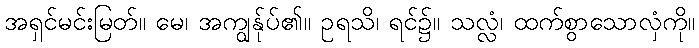
အရှင်မင်းမြတ်။ မေ၊ အကျွန်ုပ်၏။ ဥရသိ၊ ရင်၌။ သလ္လံ၊ ထက်စွာသောလှံကို။